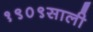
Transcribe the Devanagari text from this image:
१९०९साली